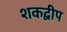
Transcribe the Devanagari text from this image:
शकद्वीप